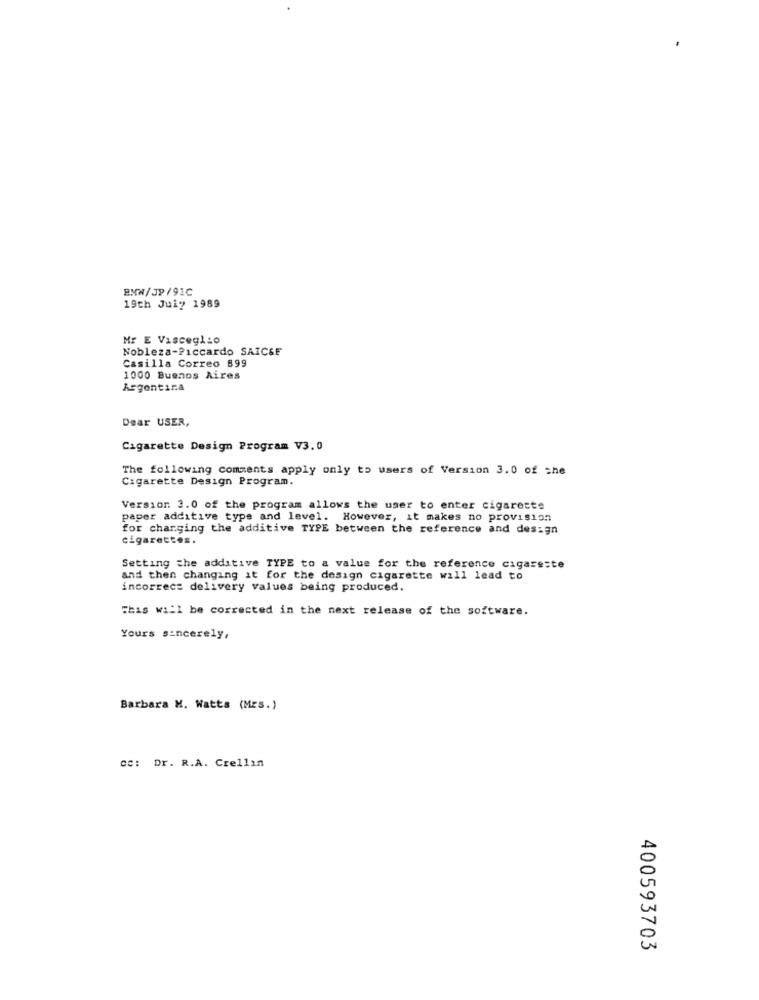
BMW/JP/91C
19th July 1989
Mr E Vascegl:o
Nobleza-Piccardo SAICSE
Casilla Correo 899
1000 Buenos Aires
Argentina
Dear USER,
Cigarette Design Program V3. 0
The following comments apply only to users of Version 3.0 of the
Cigarette Design Program.
Version 3.0 of the program allows the user to enter cigarette
paper additive type and level. However, it makes no provision
for charging the additive TYPE between the reference and design
cigarettes.
Setting the additive TYPE to a value for the reference cigareste
and then changing it for the design cigarette will lead to
incorrect delivery values being produced.
This will be corrected in the next release of the software.
Yours sincerely,
Barbara M. Watts (Mrs.)
cc: Dr. R.A. Crellin
400593703